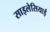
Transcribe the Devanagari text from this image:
साइलेसियाई